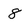
Character: 8